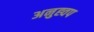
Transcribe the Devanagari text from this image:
अनुह्वप